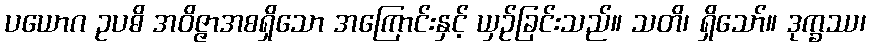
ပယောဂ ဥပဓိ အဝိဇ္ဇာအစရှိသော အကြောင်းနှင့် ယှဉ်ခြင်းသည်။ သတိ၊ ရှိသော်။ ဒုက္ခဿ၊